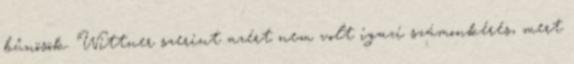
bűnösök. Wittner szerint azért nem volt igazi számonkérés, mert